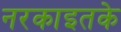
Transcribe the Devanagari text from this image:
नरकाइतके